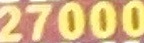
27000